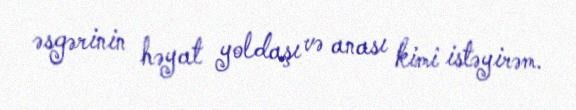
əsgərinin həyat yoldaşı və anası kimi istəyirəm.